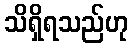
သိရှိရသည်ဟု